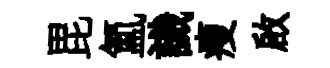
毘氳識瘦啟